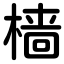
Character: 樯